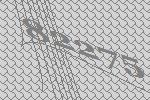
82275